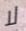
لا